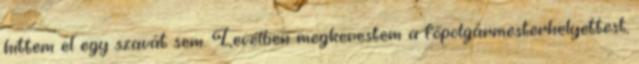
hittem el egy szavát sem. Levélben megkerestem a főpolgármesterhelyettest,